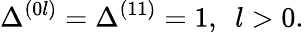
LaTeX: \Delta^{(0l)}=\Delta^{(11)}=1,~~l>0.